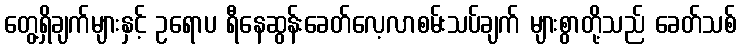
တွေ့ရှိချက်များနှင့် ဥရောပ ရီနေဆွန်းခေတ်လေ့လာစမ်းသပ်ချက် များစွာတို့သည် ခေတ်သစ်